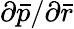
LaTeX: {{\partial}\bar{p}}/{{\partial}\bar{r}}